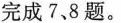
完成7、8题。